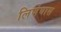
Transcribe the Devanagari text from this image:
लिणेयास